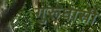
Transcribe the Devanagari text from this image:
गुरूघासी